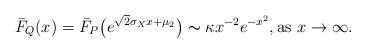
LaTeX: \begin{align*} \bar{F}_Q(x) = \bar{F}_P\big(e^{\sqrt{2}\sigma_X x + \mu_2}\big) \thicksim \kappa x^{-2} e^{-x^2}, \textrm{as } x \to \infty. \end{align*}